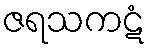
ဇရသကဋံ